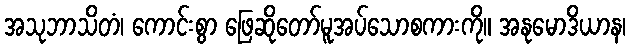
အသုဘာသိတံ၊ ကောင်းစွာ ဖြေဆိုတော်မူအပ်သောစကားကို။ အနုမောဒိယာန၊